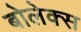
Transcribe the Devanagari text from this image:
बोलेक्स